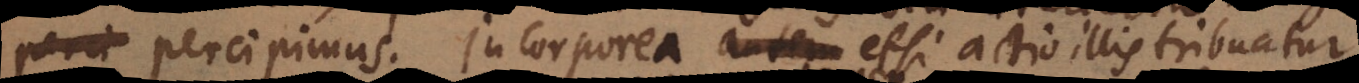
lectu percipimus. Incorporea autem etsi actio illis tribuatur,